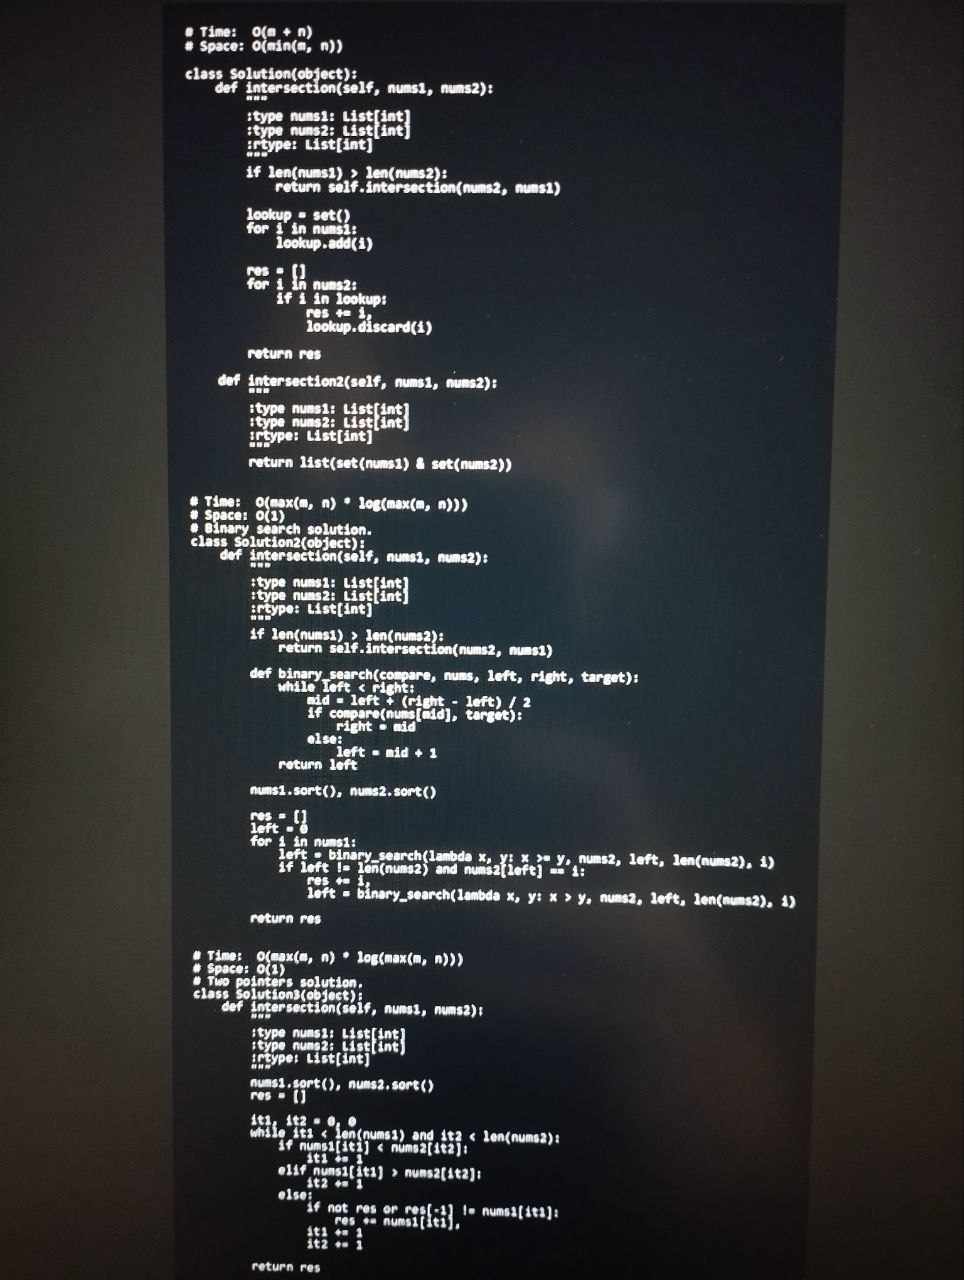
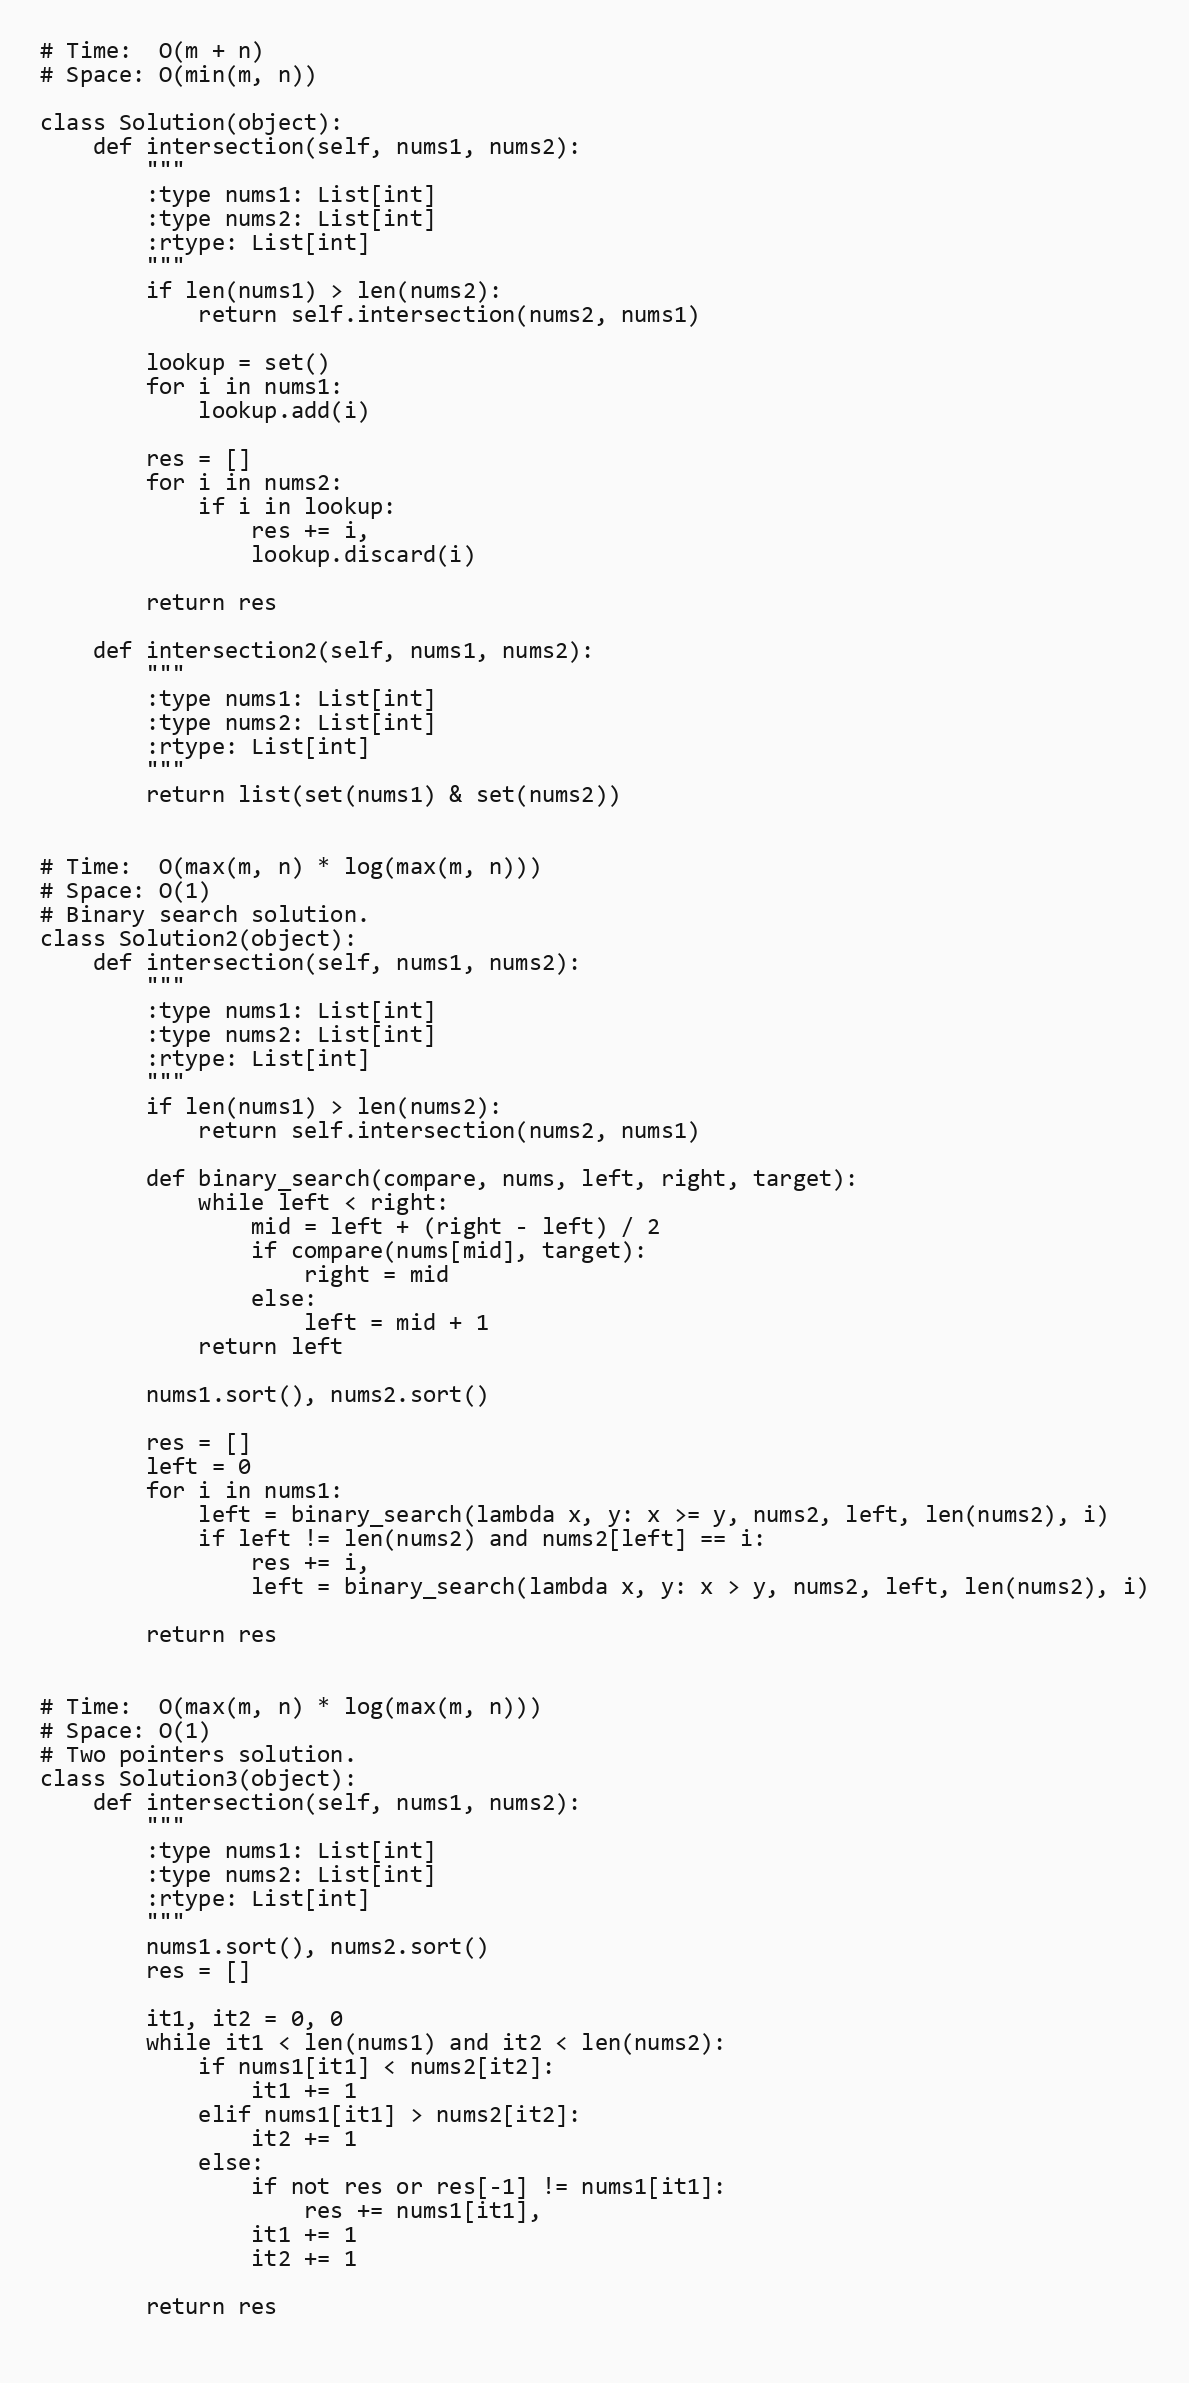
# Time:  O(m + n)
# Space: O(min(m, n))

class Solution(object):
    def intersection(self, nums1, nums2):
        """
        :type nums1: List[int]
        :type nums2: List[int]
        :rtype: List[int]
        """
        if len(nums1) > len(nums2):
            return self.intersection(nums2, nums1)

        lookup = set()
        for i in nums1:
            lookup.add(i)

        res = []
        for i in nums2:
            if i in lookup:
                res += i,
                lookup.discard(i)

        return res

    def intersection2(self, nums1, nums2):
        """
        :type nums1: List[int]
        :type nums2: List[int]
        :rtype: List[int]
        """
        return list(set(nums1) & set(nums2))

# Time:  O(max(m, n) * log(max(m, n)))
# Space: O(1)
# Binary search solution.
class Solution2(object):
    def intersection(self, nums1, nums2):
        """
        :type nums1: List[int]
        :type nums2: List[int]
        :rtype: List[int]
        """
        if len(nums1) > len(nums2):
            return self.intersection(nums2, nums1)

        def binary_search(compare, nums, left, right, target):
            while left < right:
                mid = left + (right - left) / 2
                if compare(nums[mid], target):
                    right = mid
                else:
                    left = mid + 1
            return left

        nums1.sort(), nums2.sort()

        res = []
        left = 0
        for i in nums1:
            left = binary_search(lambda x, y: x >= y, nums2, left, len(nums2), i)
            if left != len(nums2) and nums2[left] == i:
                res += i,
                left = binary_search(lambda x, y: x > y, nums2, left, len(nums2), i)

        return res

# Time:  O(max(m, n) * log(max(m, n)))
# Space: O(1)
# Two pointers solution.
class Solution3(object):
    def intersection(self, nums1, nums2):
        """
        :type nums1: List[int]
        :type nums2: List[int]
        :rtype: List[int]
        """
        nums1.sort(), nums2.sort()
        res = []

        it1, it2 = 0, 0
        while it1 < len(nums1) and it2 < len(nums2):
            if nums1[it1] < nums2[it2]:
                it1 += 1
            elif nums1[it1] > nums2[it2]:
                it2 += 1
            else:
                if not res or res[-1] != nums1[it1]:
                    res += nums1[it1],
                it1 += 1
                it2 += 1

        return res